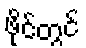
ဖိုင်တွင်